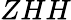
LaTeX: ZHH